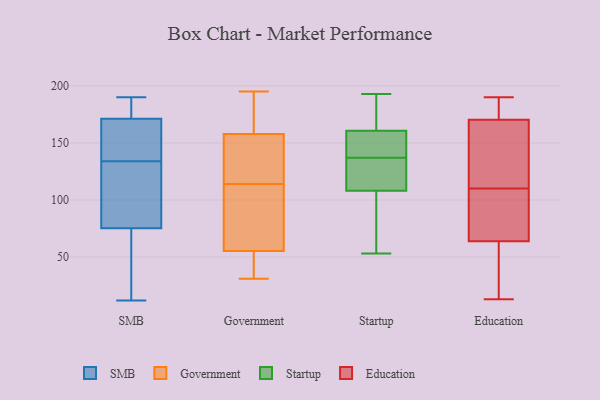
{"axis": {"x": "Conversion Rate (%)", "y": "Value"}, "legend": ["Education", "Government", "SMB", "Startup"], "data": [{"x": "", "y": 190, "type": "SMB"}, {"x": "", "y": 130, "type": "SMB"}, {"x": "", "y": 75, "type": "SMB"}, {"x": "", "y": 177, "type": "SMB"}, {"x": "", "y": 169, "type": "SMB"}, {"x": "", "y": 150, "type": "SMB"}, {"x": "", "y": 155, "type": "SMB"}, {"x": "", "y": 134, "type": "SMB"}, {"x": "", "y": 181, "type": "SMB"}, {"x": "", "y": 172, "type": "SMB"}, {"x": "", "y": 76, "type": "SMB"}, {"x": "", "y": 85, "type": "SMB"}, {"x": "", "y": 27, "type": "SMB"}, {"x": "", "y": 29, "type": "SMB"}, {"x": "", "y": 12, "type": "SMB"}, {"x": "", "y": 114, "type": "Government"}, {"x": "", "y": 39, "type": "Government"}, {"x": "", "y": 72, "type": "Government"}, {"x": "", "y": 151, "type": "Government"}, {"x": "", "y": 62, "type": "Government"}, {"x": "", "y": 111, "type": "Government"}, {"x": "", "y": 144, "type": "Government"}, {"x": "", "y": 114, "type": "Government"}, {"x": "", "y": 193, "type": "Government"}, {"x": "", "y": 53, "type": "Government"}, {"x": "", "y": 195, "type": "Government"}, {"x": "", "y": 52, "type": "Government"}, {"x": "", "y": 168, "type": "Government"}, {"x": "", "y": 31, "type": "Government"}, {"x": "", "y": 160, "type": "Government"}, {"x": "", "y": 190, "type": "Startup"}, {"x": "", "y": 131, "type": "Startup"}, {"x": "", "y": 53, "type": "Startup"}, {"x": "", "y": 105, "type": "Startup"}, {"x": "", "y": 171, "type": "Startup"}, {"x": "", "y": 65, "type": "Startup"}, {"x": "", "y": 193, "type": "Startup"}, {"x": "", "y": 158, "type": "Startup"}, {"x": "", "y": 160, "type": "Startup"}, {"x": "", "y": 186, "type": "Startup"}, {"x": "", "y": 130, "type": "Startup"}, {"x": "", "y": 100, "type": "Startup"}, {"x": "", "y": 114, "type": "Startup"}, {"x": "", "y": 152, "type": "Startup"}, {"x": "", "y": 106, "type": "Startup"}, {"x": "", "y": 137, "type": "Startup"}, {"x": "", "y": 158, "type": "Startup"}, {"x": "", "y": 161, "type": "Startup"}, {"x": "", "y": 134, "type": "Startup"}, {"x": "", "y": 70, "type": "Education"}, {"x": "", "y": 174, "type": "Education"}, {"x": "", "y": 93, "type": "Education"}, {"x": "", "y": 45, "type": "Education"}, {"x": "", "y": 35, "type": "Education"}, {"x": "", "y": 106, "type": "Education"}, {"x": "", "y": 110, "type": "Education"}, {"x": "", "y": 110, "type": "Education"}, {"x": "", "y": 190, "type": "Education"}, {"x": "", "y": 13, "type": "Education"}, {"x": "", "y": 169, "type": "Education"}, {"x": "", "y": 190, "type": "Education"}, {"x": "", "y": 158, "type": "Education"}]}